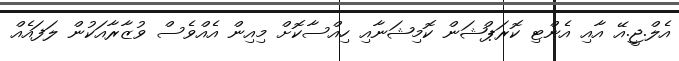
އެލް.ޖީ.އޭ އާއި އެންޓި ކޮރަޕްޝަން ކޮމިޝަނާއި ހިއްސާކޮށް މިއިން އެއްވެސް ވުޒާރާއަކުން ލަފައެއް